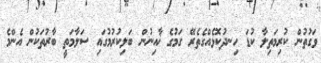
ވަގުތުން ކުރިމަތިލާ ކުޑަ ހިނދުކޮޅެއްގެތެރޭ ގަމުގެ ޚާއިނުން ބަލިކުރުމުގައި ސަލާމަތީ ބާރުތަކުން އެންމެ